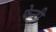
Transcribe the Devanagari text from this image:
फेन्टी